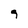
Character: 9